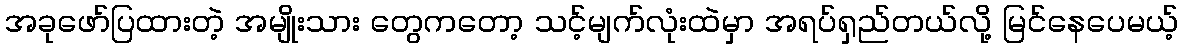
အခုဖော်ပြထားတဲ့ အမျိုးသား တွေကတော့ သင့်မျက်လုံးထဲမှာ အရပ်ရှည်တယ်လို့ မြင်နေပေမယ့်